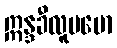
ဣန္ဒခီလူပမော